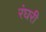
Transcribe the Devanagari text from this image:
रंघरी